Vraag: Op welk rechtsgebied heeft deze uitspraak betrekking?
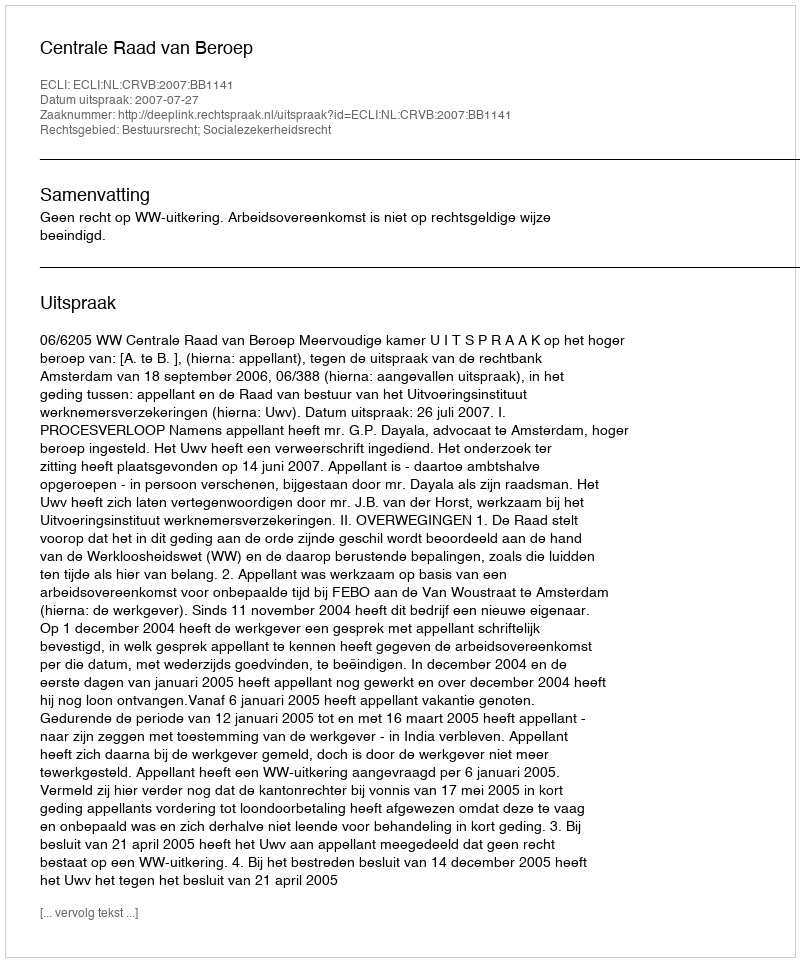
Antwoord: Bestuursrecht; Socialezekerheidsrecht